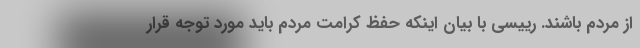
از مردم باشند. رییسی با بیان اینکه حفظ کرامت مردم باید مورد توجه قرار